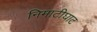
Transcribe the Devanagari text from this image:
निमाटीघाट